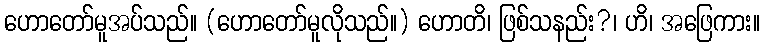
ဟောတော်မူအပ်သည်။ (ဟောတော်မူလိုသည်။) ဟောတိ၊ ဖြစ်သနည်း?၊ ဟိ၊ အဖြေကား။